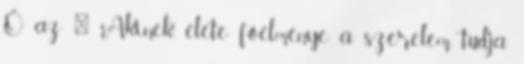
,,Ő az " Akinek élete főélménye a szerelem, tudja